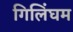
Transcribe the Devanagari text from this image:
गिलिंघम